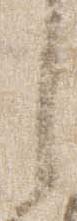
言